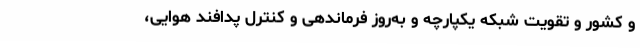
و کشور و تقویت شبکه یکپارچه و به‌روز فرماندهی و کنترل پدافند هوایی،